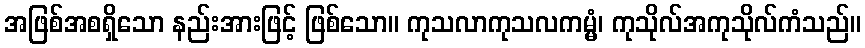
အဖြစ်အစရှိသော နည်းအားဖြင့် ဖြစ်သော။ ကုသလာကုသလကမ္မံ၊ ကုသိုလ်အကုသိုလ်ကံသည်။